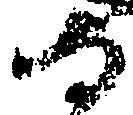
守